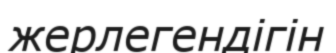
жерлегендігін